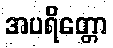
အပရိတ္တော